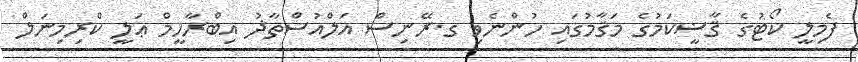
ފެމިލީ ކޯޓުގެ ޤާޟީކަމުގެ މަޤާމުގައި ހުންނެވި ގ.ރޭނިސް އަލްއުސްތާޛު އިބްރާހީމް ޢަލީ ކްރިމިނަލް